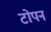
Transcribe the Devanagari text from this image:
टोपन